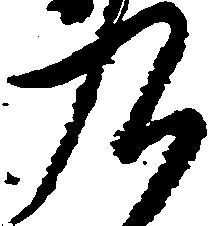
九